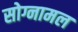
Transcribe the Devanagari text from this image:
सोग्नामल